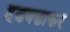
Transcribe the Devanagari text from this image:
हडबडाकर